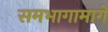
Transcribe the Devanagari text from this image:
समभागामागे